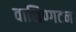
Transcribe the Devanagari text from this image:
वाशिण्गटन